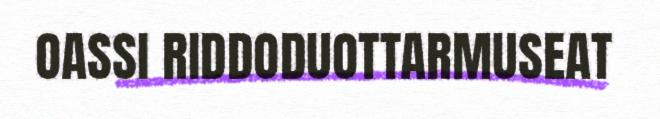
OASSI RIDDODUOTTARMUSEAT